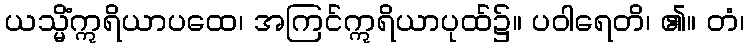
ယသ္မိံဣရိယာပထေ၊ အကြင်ဣရိယာပုထ်၌။ ပဝါရေတိ၊ ၏။ တံ၊